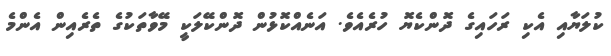
ކުލަޔާއި އެކި ރަހައިގެ ދޮންކެޔޮ ހުރެއެވެ. އަނެއްކޮޅުން ދޮންކޭލަކީ މޭވާތަކުގެ ތެރެއިން އެންމެ